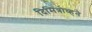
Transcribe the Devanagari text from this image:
दिमित्रोव्हने